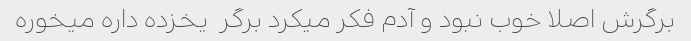
برگرش اصلا خوب نبود و آدم فکر میکرد برگر  یخزده داره میخوره